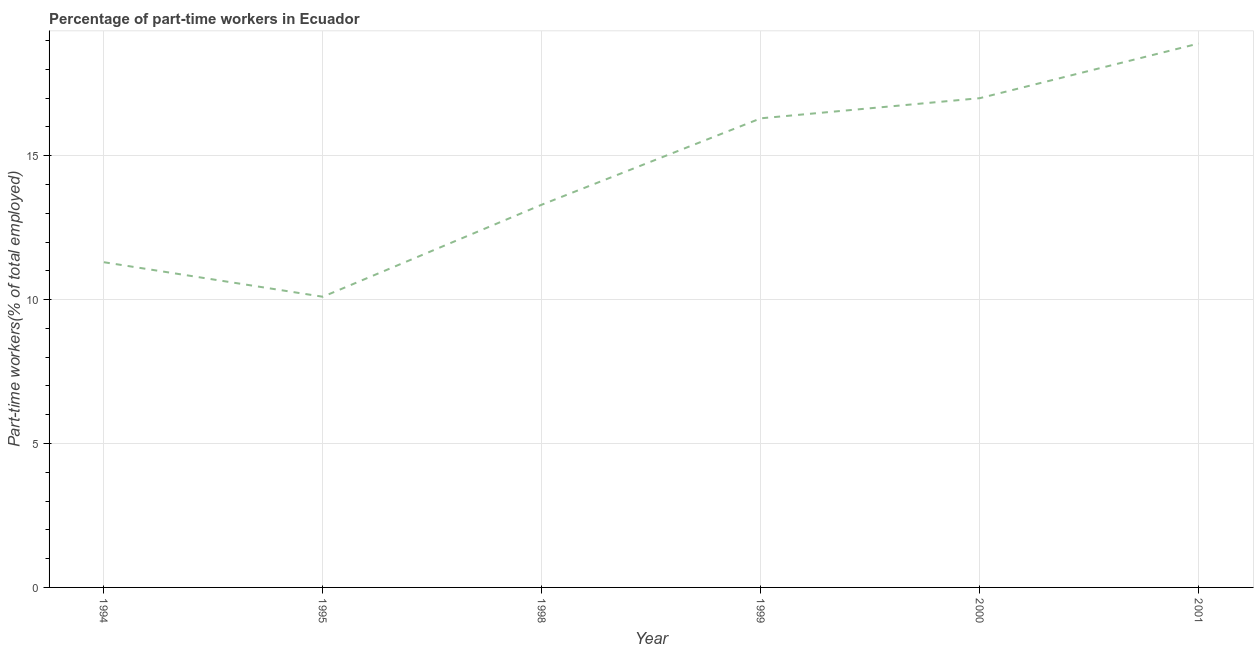
| Year | Part time employment |
 | --- | --- |
 | 1994 | 11.3 |
 | 1995 | 10.1 |
 | 1998 | 13.3 |
 | 1999 | 16.3 |
 | 2000 | 17 |
 | 2001 | 18.9 |